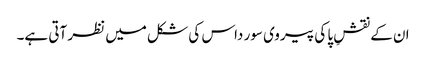
ان کے نقشِ پا کی پیروی سور داس کی شکل میں نظر آتی ہے۔